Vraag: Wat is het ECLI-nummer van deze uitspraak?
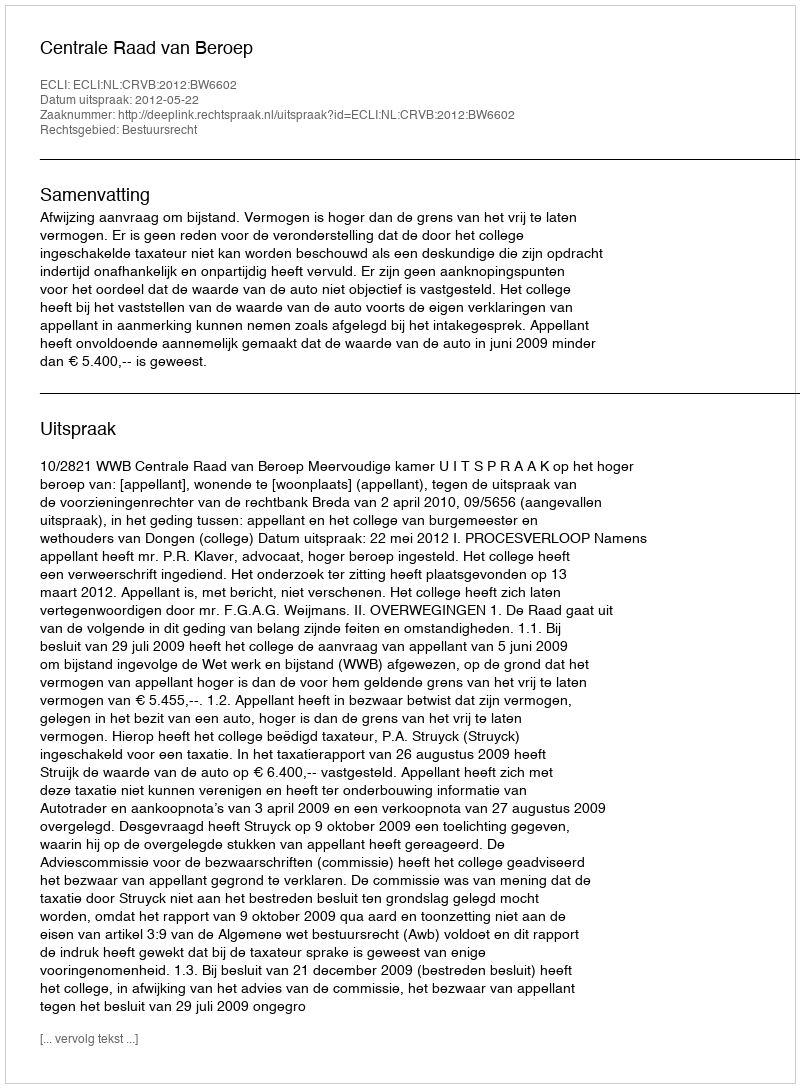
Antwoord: ECLI:NL:CRVB:2012:BW6602